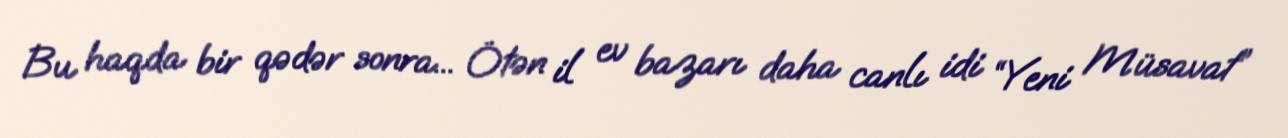
Bu haqda bir qədər sonra... Ötən il ev bazarı daha canlı idi “Yeni Müsavat”